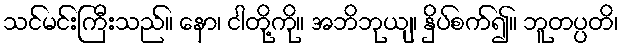
သင်မင်းကြီးသည်။ နော၊ ငါတို့ကို။ အဘိဘုယျ၊ နှိပ်စက်၍။ ဘူတပ္ပတိ၊